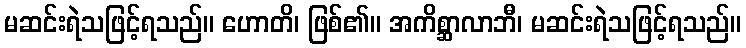
မဆင်းရဲသဖြင့်ရသည်။ ဟောတိ၊ ဖြစ်၏။ အကိစ္ဆာလာဘီ၊ မဆင်းရဲသဖြင့်ရသည်။